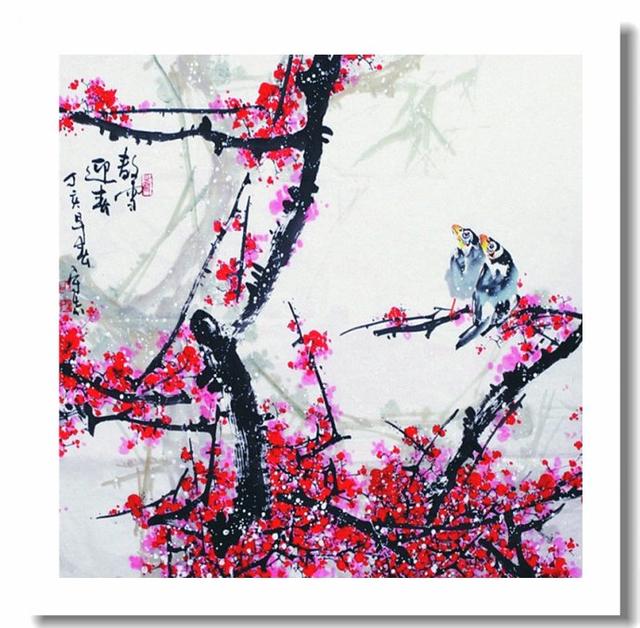
花意争春，先出岁寒枝。